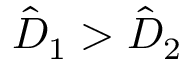
\hat { D } _ { 1 } > \hat { D } _ { 2 }